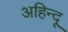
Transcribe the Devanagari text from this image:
अहिन्दू